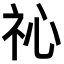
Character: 𥘚